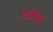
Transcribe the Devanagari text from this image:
आलिए